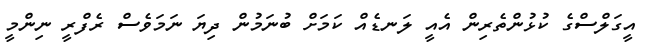
އީގަލްސްގެ ކުޅުންތެރިން އެއީ ލަނޑެއް ކަމަށް ބުނަމުން ދިޔަ ނަމަވެސް ރެފްރީ ނިންމީ